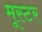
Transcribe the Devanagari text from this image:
मूस्टर